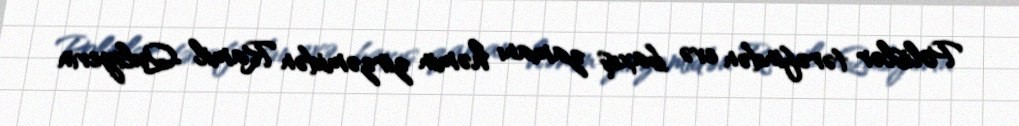
Polislər tərəfindən evə baxış zamanı həmin zirzəmidən Ramil Quliyevin